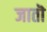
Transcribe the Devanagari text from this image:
जातॊ